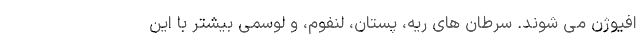
افیوژن می شوند. سرطان های ریه، پستان، لنفوم، و لوسمی بیشتر با این